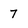
Character: 7